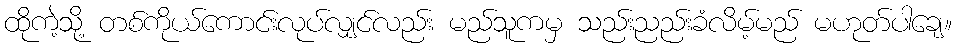
ထိုကဲ့သို့ တစ်ကိုယ်ကောင်းလုပ်လျှင်လည်း မည်သူကမှ သည်းညည်းခံလိမ့်မည် မဟုတ်ပါချေ။